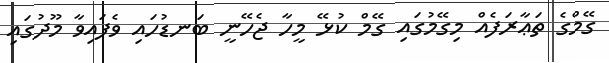
ގޭމްގެ ތަޢާރަފެއް މިގޭމުގައި ގޭމް ކުޅޭ މީހާ ޖެހޭނީ ބަނޑުހައި ވެފައިވާ މޫދުގައި